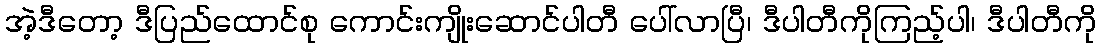
အဲ့ဒီတော့ ဒီပြည်ထောင်စု ကောင်းကျိုးဆောင်ပါတီ ပေါ်လာပြီ၊ ဒီပါတီကိုကြည့်ပါ၊ ဒီပါတီကို